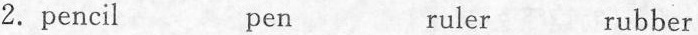
2.pencil pen ruler rubber